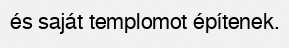
és saját templomot építenek.